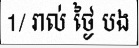
1/ រាល់ ថ្ងៃ បង